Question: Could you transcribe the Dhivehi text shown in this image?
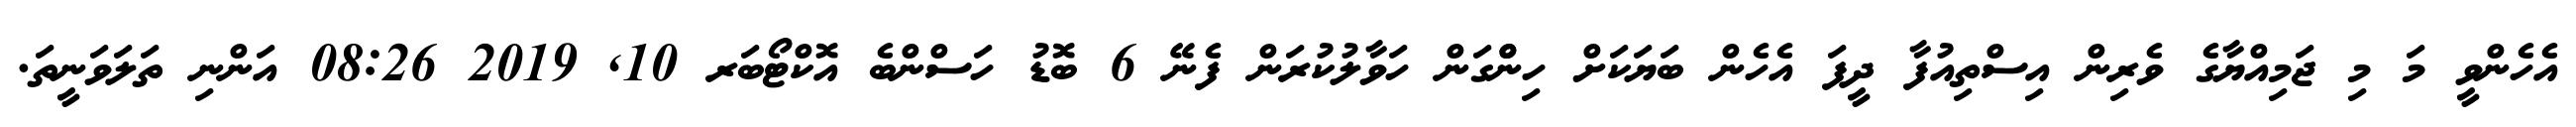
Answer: އެހެންވީ މަ މި ޖަމިއްޔާގެ ވެރިން އިސްތިއުފާ ދީފަ އެހެން ބަޔަކަށް ހިންްގަން ހަވާލުކުރަން ފެނޭ 6 ބޮޑު ހަސްންބެ އޮކްޓޯބަރ 10, 2019 08:26 އަންނި ތަލަވަނީތަ.